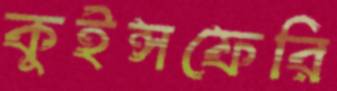
কুইন্সফেরি